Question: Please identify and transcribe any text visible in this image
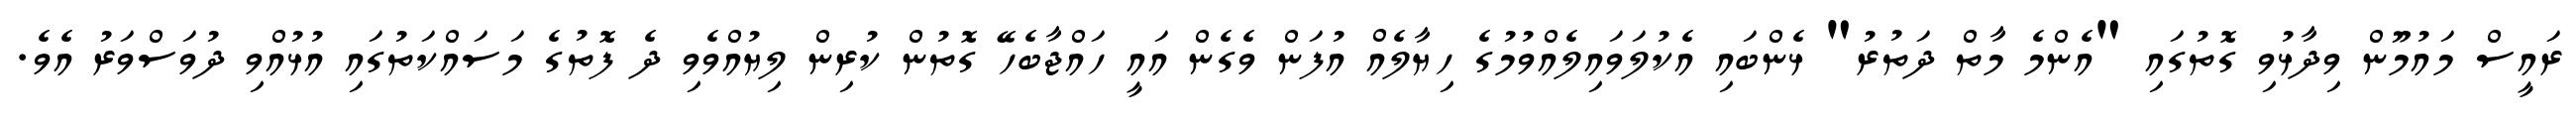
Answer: ރައީސް މައުމޫން ވިދާޅުވި ގޮތުގައި "އެންމެ މާތް ދަތުރު" ޅެންބައި އެކުލަވައިލެއްވުމުގެ ހިޔާލެއް އުފަން ވެގެން އައީ ހައްޖާބެހޭ ގޮތުން ކުރިން ލިޔުއްވެވި ދެ ފޮތުގެ މަސައްކަތުގައި އުޅުއްވި ދުވަސްވަރު އެވެ.